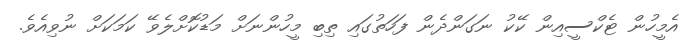
އެމީހުން ޓެކްސީއިން ކޭކު ނަގަންދެން ފަހަތުގައި ތިބި މީހުންނަށް މަޑުކޮށްލެވޭ ކަމަކަށް ނުވިއެވެ.